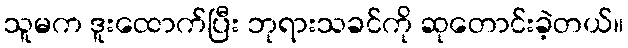
သူမက ဒူးထောက်ပြီး ဘုရားသခင်ကို ဆုတောင်းခဲ့တယ်။